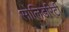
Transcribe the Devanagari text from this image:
सोलिडरिटी